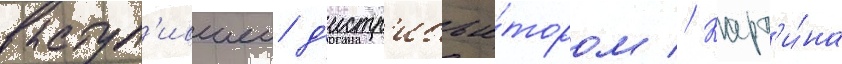
выступ'ившеи д'истр'ибью́тором // Карт'и́на